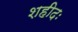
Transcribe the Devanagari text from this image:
शहीदः